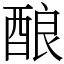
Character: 酿